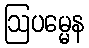
ဩပမ္မေန